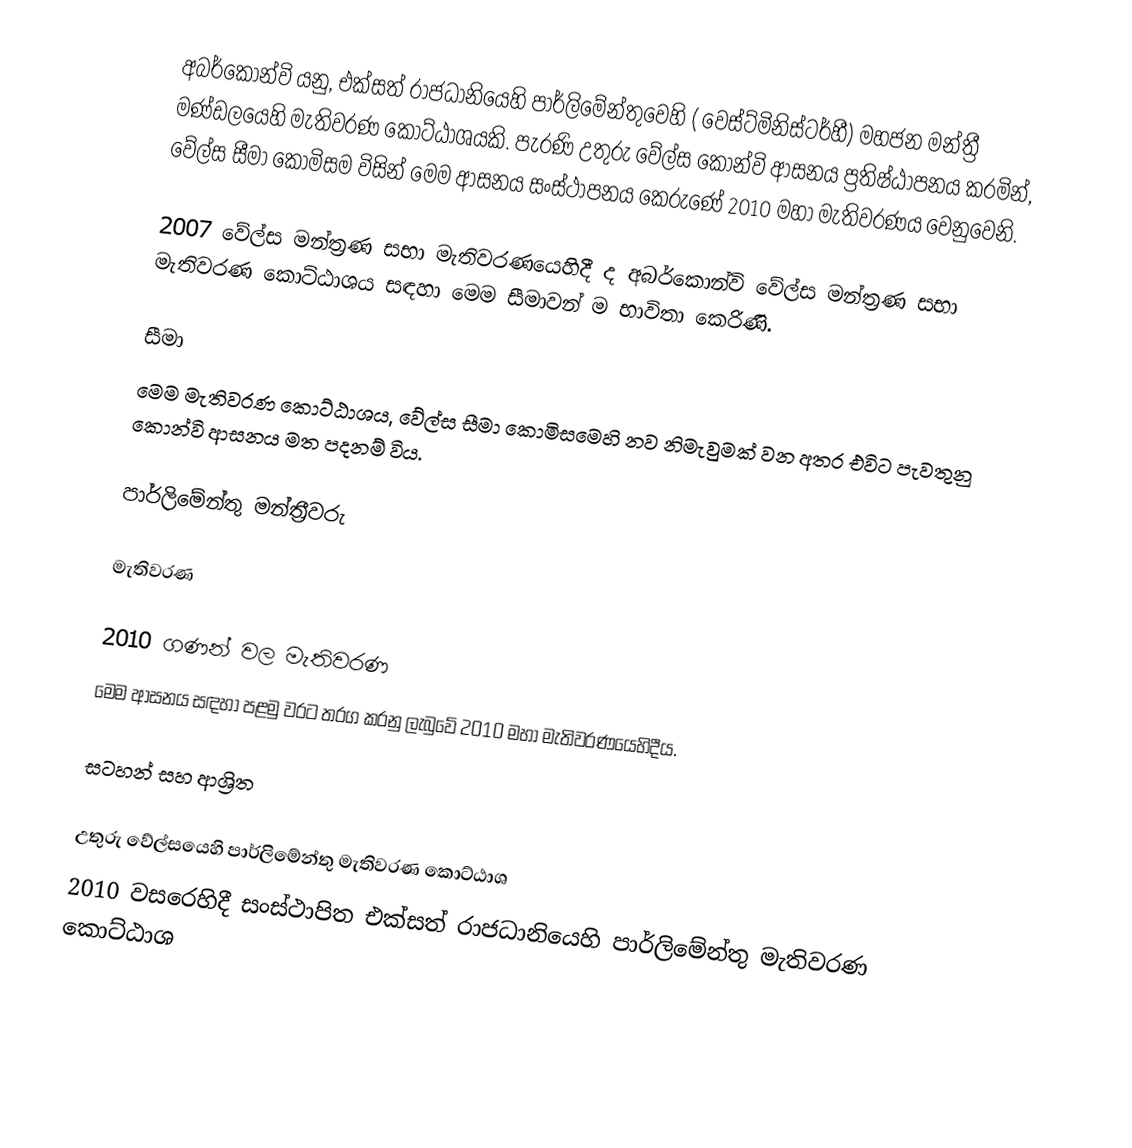
අබර්කොන්වි යනු,  එක්සත් රාජධානියෙහි පාර්ලිමේන්තුවෙහි ( වෙස්ට්මිනිස්ටර්හී)  මහජන මන්ත්‍රී මණ්ඩලයෙහි මැතිවරණ කොට්ඨාශයකි. පැරණි උතුරු වේල්ස කොන්වි ආසනය ප්‍රතිෂ්ඨාපනය කරමින්, වේල්ස සීමා කොමිසම විසින් මෙම ආසනය සංස්ථාපනය කෙරුණේ 2010 මහා මැතිවරණය වෙනුවෙනි.

2007 වේල්ස මන්ත්‍රණ සභා මැතිවරණයෙහිදී ද අබර්කොන්වි වේල්ස මන්ත්‍රණ සභා මැතිවරණ කොට්ඨාශය සඳහා මෙම සීමාවන් ම භාවිතා කෙරිණි.

සීමා
මෙම මැතිවරණ කොට්ඨාශය, වේල්ස සීමා කොමිසමෙහි නව නිමැවුමක් වන අතර එවිට පැවතුනු  කොන්වි ආසනය මත පදනම් විය.

පාර්ලිමේන්තු මන්ත්‍රීවරු

මැතිවරණ

2010 ගණන් වල මැතිවරණ
මෙම ආසනය සඳහා පළමු වරට තරග කරනු ලැබුවේ 2010 මහා මැතිවරණයෙහිදීය.

සටහන් සහ ආශ්‍රිත

උතුරු වේල්සයෙහි පාර්ලිමේන්තු මැතිවරණ කොට්ඨාශ
 2010 වසරෙහිදී සංස්ථාපිත එක්සත් රාජධානියෙහි පාර්ලිමේන්තු මැතිවරණ කොට්ඨාශ